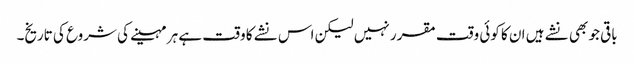
باقی جو بھی نشے ہیں ا ن کا کوئی وقت مقرر نہیں لیکن اس نشے کا وقت ہے ہر مہینے کی شروع کی تاریخ۔